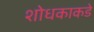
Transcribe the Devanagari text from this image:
शोधकाकडे